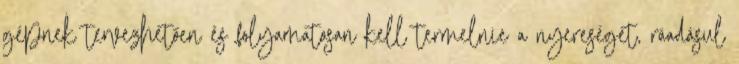
gépnek tervezhetően és folyamatosan kell termelnie a nyereséget, ráadásul